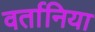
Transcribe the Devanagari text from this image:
वर्तानिया